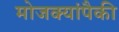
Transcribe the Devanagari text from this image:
मोजक्यांपैकी